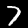
Label: 7